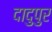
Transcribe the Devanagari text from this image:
दादुपुर